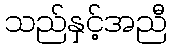
သည်နှင့်အညီ